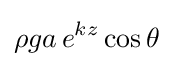
\rho ga\,e^{kz}\cos \theta